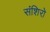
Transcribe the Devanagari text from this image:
संशिरो